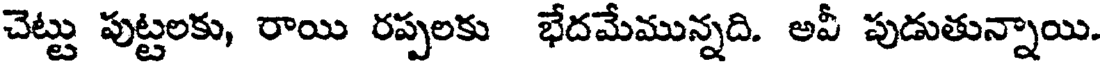
చెట్టు పుట్టలకు, రాయి రప్పలకు భేదమేమున్నది. అవీ పుడుతున్నాయి.